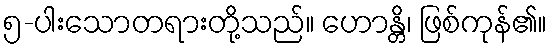
၅-ပါးသောတရားတို့သည်။ ဟောန္တိ၊ ဖြစ်ကုန်၏။